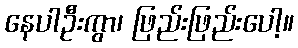
နေပါဦးကွာ၊ ဖြည်းဖြည်းပေါ့။